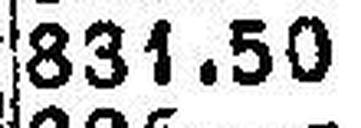
831.50